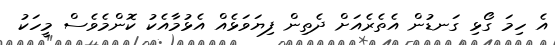
އެ ހިމަ ގޯޅި ގަނޑުން އެތެރެއަށް ދެތިން ފިޔަވަޅެއް އެޅުމާއެކު ކޮންމެވެސް މީހަކު